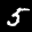
Label: 5